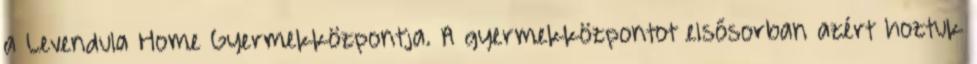
a Levendula Home Gyermekközpontja. A gyermekközpontot elsősorban azért hoztuk